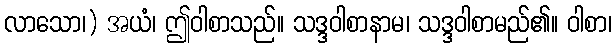
လာသော၊) အယံ၊ ဤဝါစာသည်။ သဒ္ဒဝါစာနာမ၊ သဒ္ဒဝါစာမည်၏။ ဝါစာ၊